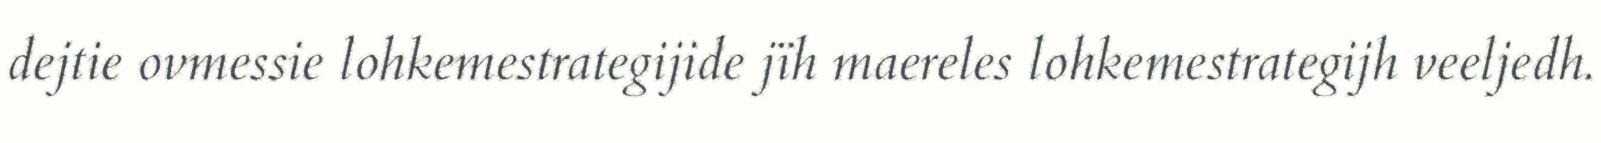
dejtie ovmessie lohkemestrategijide jïh maereles lohkemestrategijh veeljedh.